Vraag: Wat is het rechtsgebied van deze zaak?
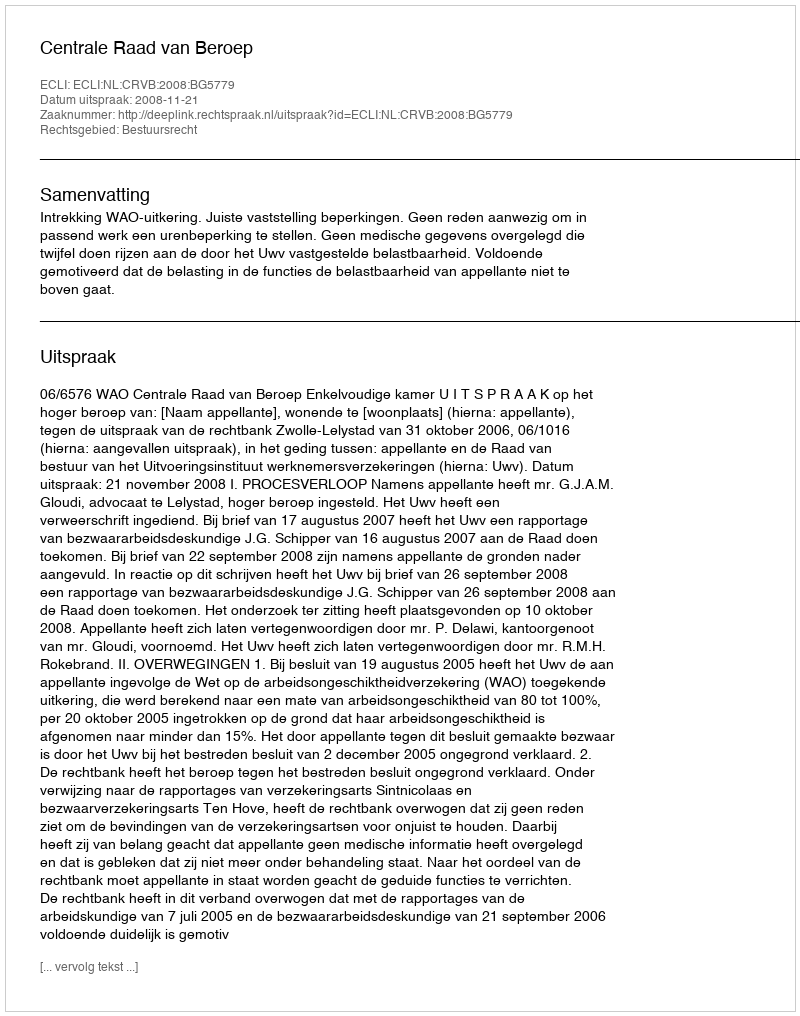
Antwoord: Bestuursrecht